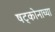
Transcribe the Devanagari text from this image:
षट्कोनाच्या